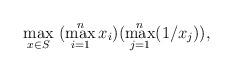
LaTeX: \begin{align*}\max_{x\in S}\ (\max_{i=1}^{n}x_{i})(\max_{j=1}^{n}(1/x_{j})),\end{align*}